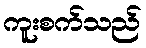
ကူးစက်သည်